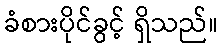
ခံစားပိုင်ခွင့် ရှိသည်။